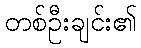
တစ်ဦးချင်း၏